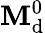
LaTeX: \mathbf{M}_{\mathrm{{d}}}^{0}